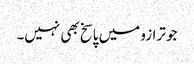
جو ترازو میں پاسخ بھی نہیں۔